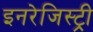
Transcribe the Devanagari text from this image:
इनरेजिस्ट्री